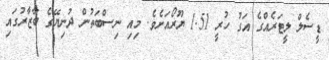
ޑީސެލް ލީޓަރެއްގެ އަގު ހުރީ 1.51 ޔޫރޯއަށެވެ. މިއި ނިސްބަތުން ދުނިޔޭގެ ބާޒާރުގައި